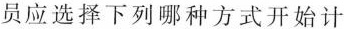
员应选择下列哪种方式开始计